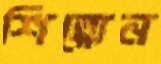
শিল্পোন